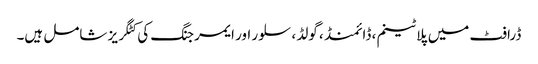
ڈرافٹ میں پلاٹینم ، ڈائمنڈ ، گولڈ ، سلور اور ایمرجنگ کی کٹگریز شامل ہیں۔